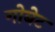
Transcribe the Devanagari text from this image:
गोबेट